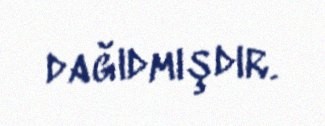
dağıdmışdır.